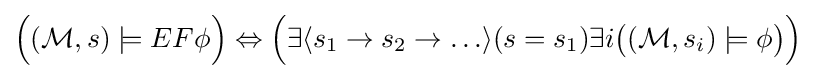
{\Big (}({\mathcal {M}},s)\models EF\phi {\Big )}\Leftrightarrow {\Big (}\exists \langle s_{1}\rightarrow s_{2}\rightarrow \ldots \rangle (s=s_{1})\exists i{\big (}({\mathcal {M}},s_{i})\models \phi {\big )}{\Big )}